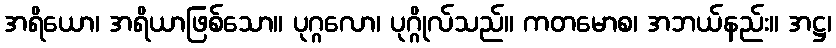
အရိယော၊ အရိယာဖြစ်သော။ ပုဂ္ဂလော၊ ပုဂ္ဂိုလ်သည်။ ကတမောစ၊ အဘယ်နည်း။ အဋ္ဌ၊